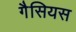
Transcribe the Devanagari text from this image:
गैसियस